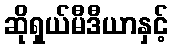
ဆိုရှယ်မီဒီယာနှင့်